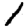
Digit: 1